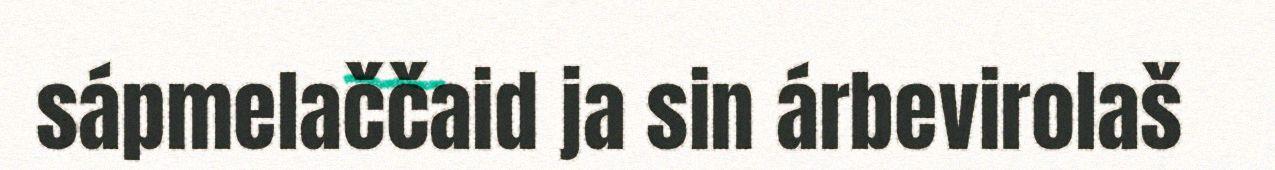
sápmelaččaid ja sin árbevirolaš